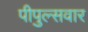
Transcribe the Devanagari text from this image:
पीपुल्सवार